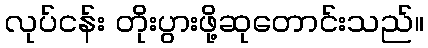
လုပ်ငန်း တိုးပွားဖို့ဆုတောင်းသည်။